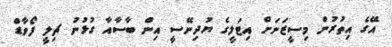
އޭގެ އިތުރުން މިސީޒަނަށް އިޓަލީގެ ޔުދިނޭސީ އިން ބާސާއާ ގުޅުނު ޗިލީ ފޯވާޑް